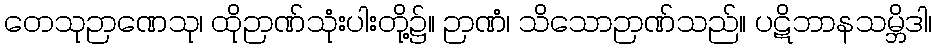
တေသုဉာဏေသု၊ ထိုဉာဏ်သုံးပါးတို့၌။ ဉာဏံ၊ သိသောဉာဏ်သည်။ ပဋိဘာနသမ္ဘိဒါ၊